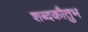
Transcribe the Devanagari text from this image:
शब्दकौतुभ